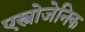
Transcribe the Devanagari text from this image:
एस्त्रोजेनिक